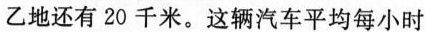
乙地还有20千米。这辆汽车平均每小时